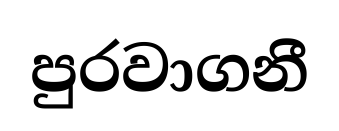
පුරවාගනී